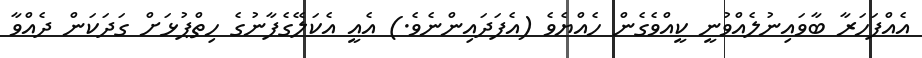
އެއްފަހަރާ ބާވައިނުލެއްވުނީ ކީއްވެގެން ހެއްޔެވެ (އެފަދައިންނެވެ.) އެއީ އެކަލޭގެފާނުގެ ހިތްޕުޅަށް ގަދަކަން ދެއްވާ